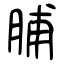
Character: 脯